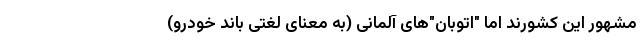
مشهور این کشورند اما "اتوبان"‌های آلمانی (به معنای لغتی باند خودرو)